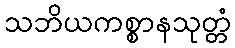
သဘိယကစ္စာနသုတ္တံ